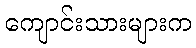
ကျောင်းသားများက